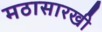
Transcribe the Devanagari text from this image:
मठासारखी